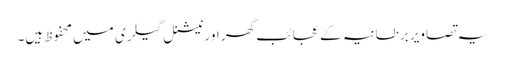
یہ تصاویر برطانیہ کے عجائب گھر اور نیشنل گیلری میں محفوظ ہیں۔